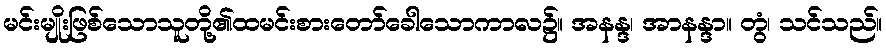
မင်းမျိုးဖြစ်သောသူတို့၏ထမင်းစားတော်ခေါသောကာလ၌။ အနန္ဒ၊ အာနန္ဒာ။ တွံ၊ သင်သည်။